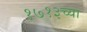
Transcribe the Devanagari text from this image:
१७१३च्या